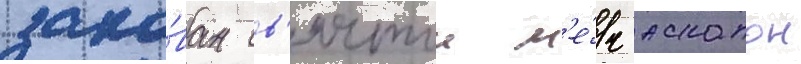
даро́ван св'ятои м'е́ч аскалон